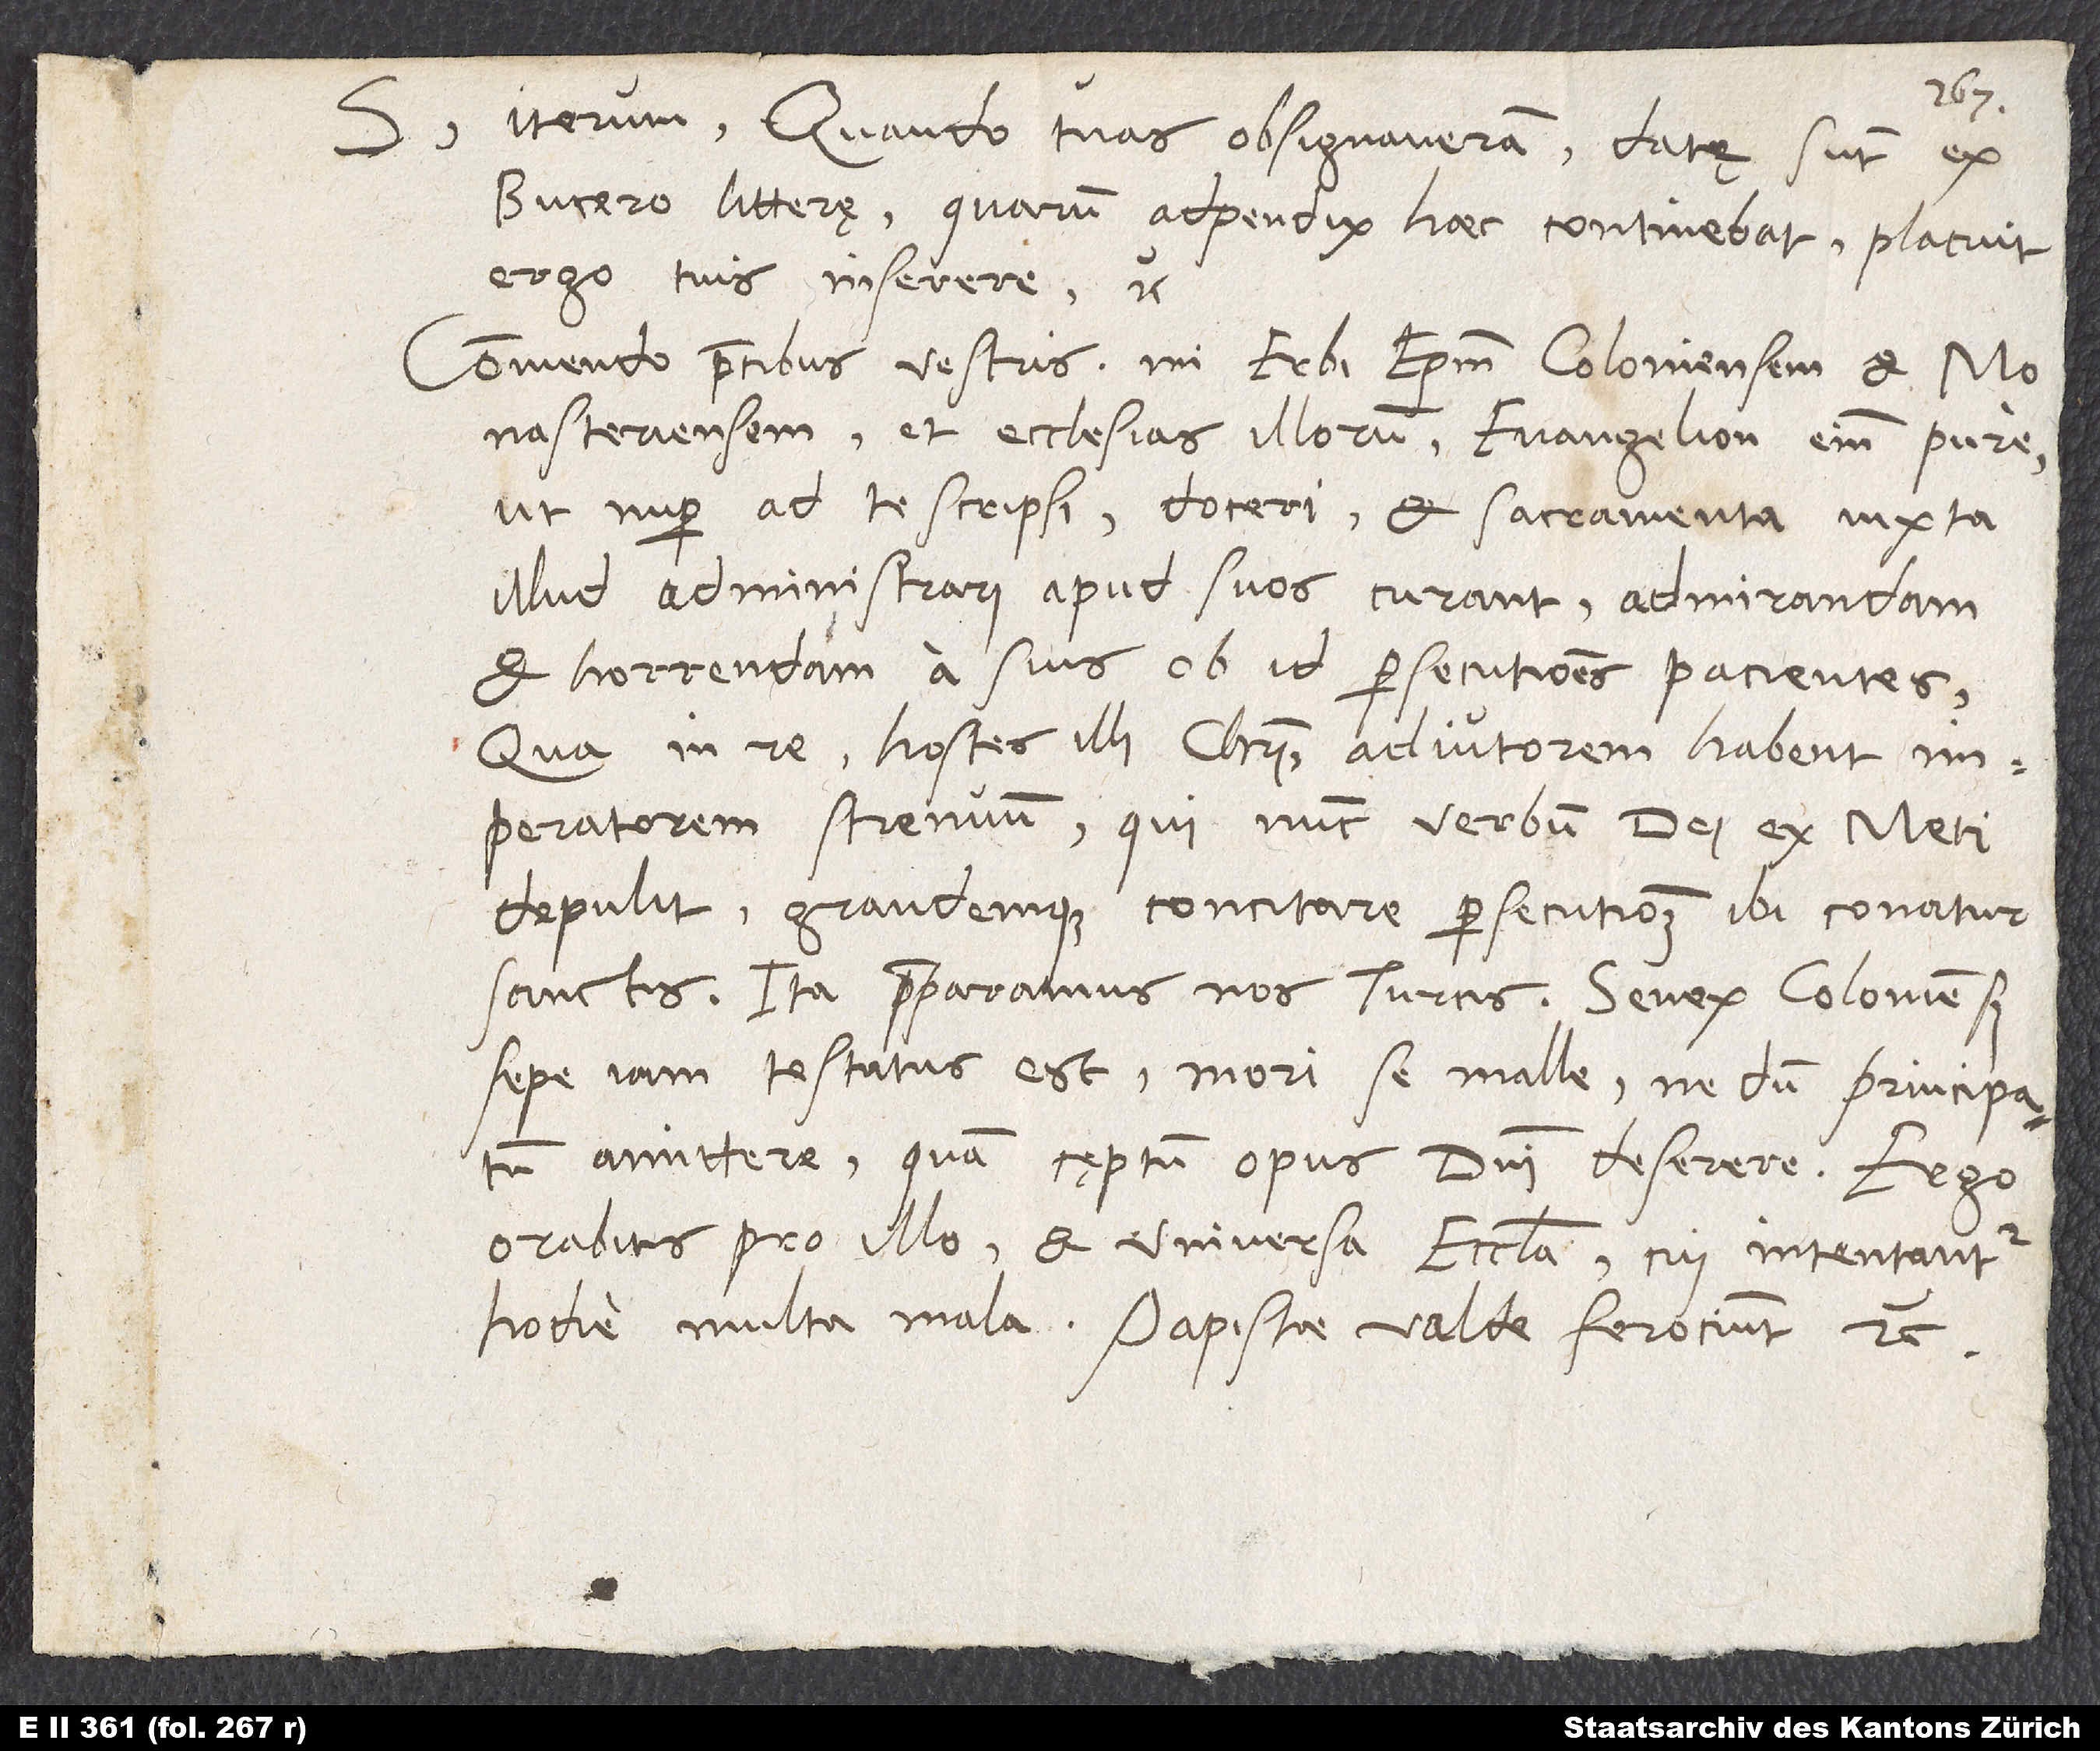
S. iterum. Quando tuas obsignaveram, datę sunt ex
Bucero litterę, quarum adpendix haec continebat; placuit
ergo tuis inserere etc.:
„Commendo precibus vestris, mi Erbi, episcopum Coloniensem et
Monasteriensem et ecclesias illorum; evangelium enim pure,
ut nuper ad te scripsi, doceri et sacramenta iuxta
illud administrari apud suos curant admirandam
et horrendam a suis ob id persecutionem pacientes.
Qua in re hostes illi Christi adiutorem habent
imperatorem strenuum, qui nunc verbum dei ex Meti
depulit grandemque concitare persecutionem ibi conatur
sanctis. Ita praeparamus nos Turcis. Senex Coloniensis
sepe iam testatus est mori se malle, nedum principatum
amittere quam cęptum opus domini deserere. Ergo
orabitis pro illo et universa ecclesia, cui intentantur
hodie multa mala. Papistae valde ferociunt etc.“